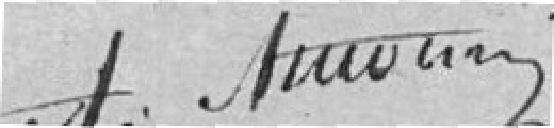
A. Amo....